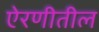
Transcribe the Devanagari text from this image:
ऐरणीतील